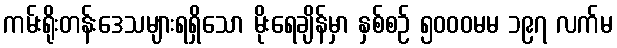
ကမ်းရိုးတန်းဒေသများရရှိသော မိုးရေချိန်မှာ နှစ်စဉ် ၅၀၀၀မမ ၁၉၇ လက်မ